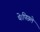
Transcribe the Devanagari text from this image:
थे।पिछले